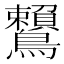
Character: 𪈐